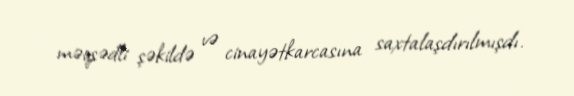
məqsədli şəkildə və cinayətkarcasına saxtalaşdırılmışdı.